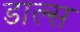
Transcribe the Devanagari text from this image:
डाल्स